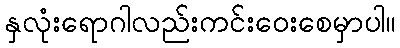
နှလုံးရောဂါလည်းကင်းဝေးစေမှာပါ။